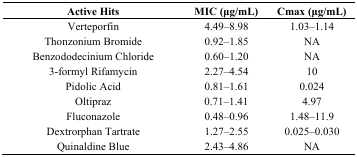
<table><thead><tr><td><b>Active Hits</b></td><td><b>MIC (μg/mL)</b></td><td><b>Cmax (μg/mL)</b></td></tr></thead><tbody><tr><td>Verteporfin</td><td>4.49–8.98</td><td>1.03–1.14</td></tr><tr><td>Thonzonium Bromide</td><td>0.92–1.85</td><td>NA</td></tr><tr><td>Benzododecinium Chloride</td><td>0.60–1.20</td><td>NA</td></tr><tr><td>3-formyl Rifamycin</td><td>2.27–4.54</td><td>10</td></tr><tr><td>Pidolic Acid</td><td>0.81–1.61</td><td>0.024</td></tr><tr><td>Oltipraz</td><td>0.71–1.41</td><td>4.97</td></tr><tr><td>Fluconazole</td><td>0.48–0.96</td><td>1.48–11.9</td></tr><tr><td>Dextrorphan Tartrate</td><td>1.27–2.55</td><td>0.025–0.030</td></tr><tr><td>Quinaldine Blue</td><td>2.43–4.86</td><td>NA</td></tr></tbody></table>